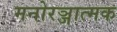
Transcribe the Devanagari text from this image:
मनोरञ्जात्मक